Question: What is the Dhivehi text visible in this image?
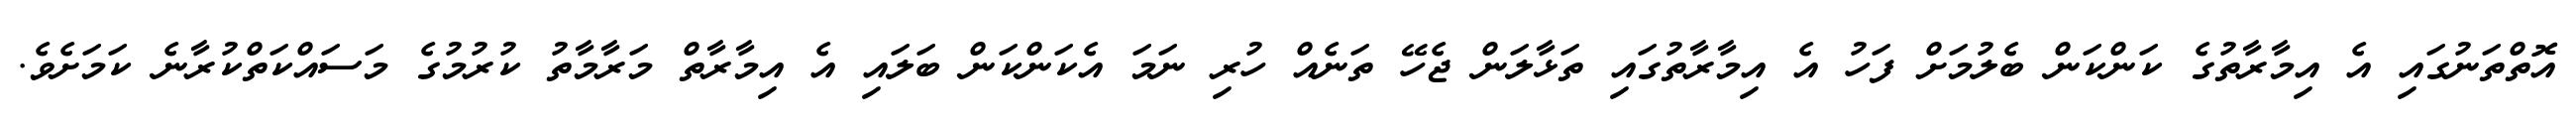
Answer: އޮތްތަނުގައި އެ އިމާރާތުގެ ކަންކަން ބެލުމަށް ފަހު އެ އިމާރާތުގައި ތަޅާލަން ޖެހޭ ތަނެއް ހުރި ނަމަ އެކަންކަން ބަލައި އެ އިމާރާތް މަރާމާތު ކުރުމުގެ މަސައްކަތްކުރާނެ ކަމަށެވެ.